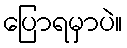
ပြောရမှာပဲ။